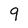
Character: 9